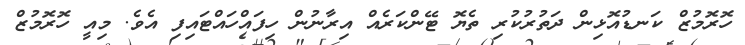
ހޮރޮމުޒް ކަނޑުއޮޅިން ދަތުރުކުރި ތެޔޮ ޓޭންކަރެއް އިރާނުން ހިފައްހައްޓައިފި އެވެ. މިއީ ހޮރޮމުޒް